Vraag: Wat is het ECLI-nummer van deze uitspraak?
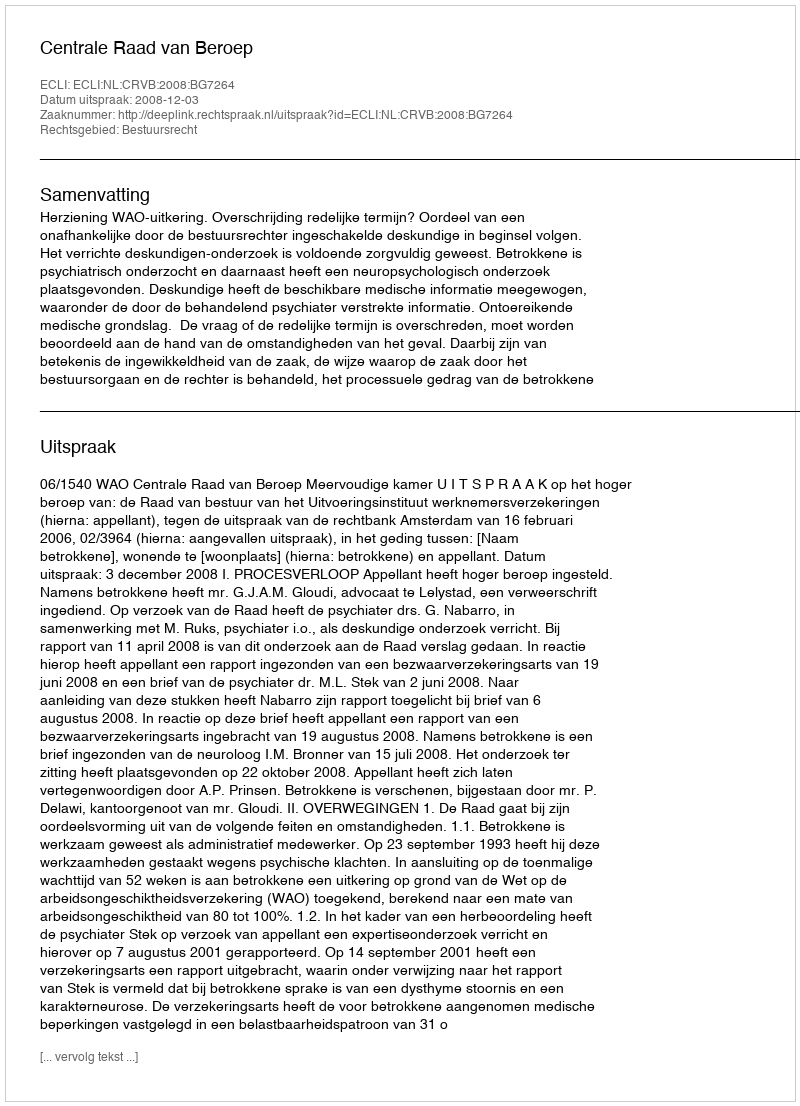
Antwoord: ECLI:NL:CRVB:2008:BG7264